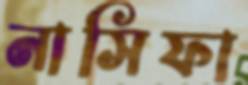
নাসিফা